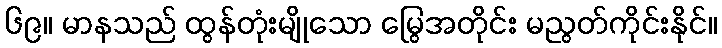
၆၉။ မာနသည် ထွန်တုံးမျိုသော မြွေအတိုင်း မညွတ်ကိုင်းနိုင်။